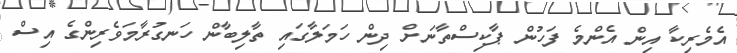
އެމެރިކާ އިން އެންމެ ފަހުން ޕާކިސްތާނަށް ދިން ހަމަލާގައި ތާލިބާން ހަނގުރާމަވެރިންގެ އިސް